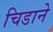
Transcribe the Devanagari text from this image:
चिडाने